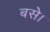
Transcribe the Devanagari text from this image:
बसेे।